Medical and sanitary report on the native army of Bombay for the year
Year: 1878
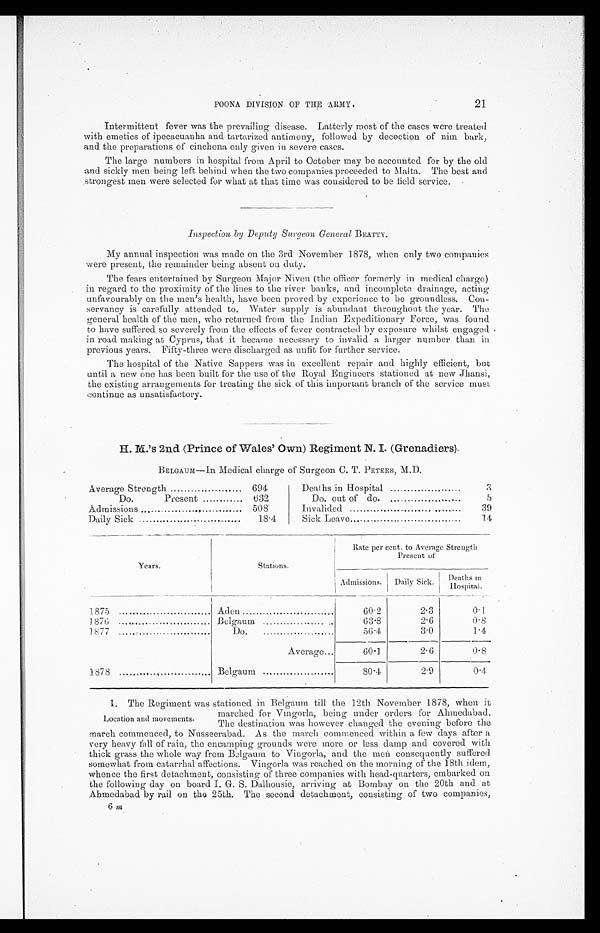
21
POONA DIVISION OF THE ARMY.
Intermittent fever was the prevailing disease. Latterly most of the cases were treated
with emetics of ipecacuanha and tartarized antimony, followed by decoction of nim bark,
and the preparations of cinchona only given in severe cases.
The large numbers in hospital from April to October may be accounted for by the old
and sickly men being left behind when the two companies proceeded to Malta. The best and
strongest men were selected for what at that time was considered to be field service.
I n s p e c t i o n b y D e p u t y S u r g e o n G e n e r a lB
E A T T Y .
My annual inspection was made on the 3rd November 1878, when only two companies
were present, the remainder being absent on duty.
The fears entertained by Surgeon Major Niven (the officer formerly in medical charge)
in regard to the proximity of' the lines to the river banks, and incomplete drainage, acting
unfavourably on the men’s health, have been proved by experience to be groundless. Con-
servancy is carefully attended to. Water supply is abundant throughout the year. The
general health of the men, who returned from the Indian Expeditionary Force, was found
to have suffered so severely from the effects of fever contracted by exposure whilst engaged
in road making at Cyprus, that it became necessary to invalid a larger number than in
previous years. Fifty-three were discharged as unfit for further service.
The hospital of the Native Sappers was in excellent repair and highly efficient, but
until a new one has been built for the use of the Royal Engineers stationed at new Jhansi,
the existing arrangements for treating the sick of this important branch of the service must
continue as unsatisfactory.
H. M.’s 2nd (Prince of Wales’ Own) Regiment N. I. (Grenadiers).
BELGAUM—In Medical charge of Surgeon C. T. PETERS, M.D.
Average Strength
694
Deaths in Hospital
3
Do.
Present
632
Do. out of do.
5
Admissions
.,
508
Invalided
39
Daily Sick
18.4
Sick Leave
14
Years.
Stations.
Rate per cent. to Average Strength
Present of
Admissions.
Daily Sick.
D e a t h s i n
H o s p i t a l .
1 8 7 5 . . . . . . . . . . . . . . . . . . . . . . . . . . . . . . . . . . . .
Aden
60.2
2.3
0.1
1876
Belgaum
63.8
2.6
0 . 8
1877
Do.
56.4
3.0
1.4
Average...
60.1
2.6
0.8
1878
Belgaum
80.4
2 . 9
0.4
1. The Regiment was stationed in Belgaum till the 12th November 1878, when it
marched for Vingorla, being under orders for Ahmedabad.
The destination was however changed the evening before the
march commenced, to Nusseerabad. As the march commenced within a few days after a
very heavy fall of rain, the encamping grounds were more or less damp and covered with
thick grass the whole way from Belgaum to Vingorla, and the men consequently suffered
somewhat from catarrhal affections. Vingorla was reached on the morning of the 18th idem,
whence the first detachment, consisting of three companies with head-quarters, embarked on
the following day on board I. G. S. Dalhousie, arriving at Bombay on the 20th and at
Ahmedabad by rail on the 25th. The second detachment, consisting of two companies,
Location and movements.
6 m